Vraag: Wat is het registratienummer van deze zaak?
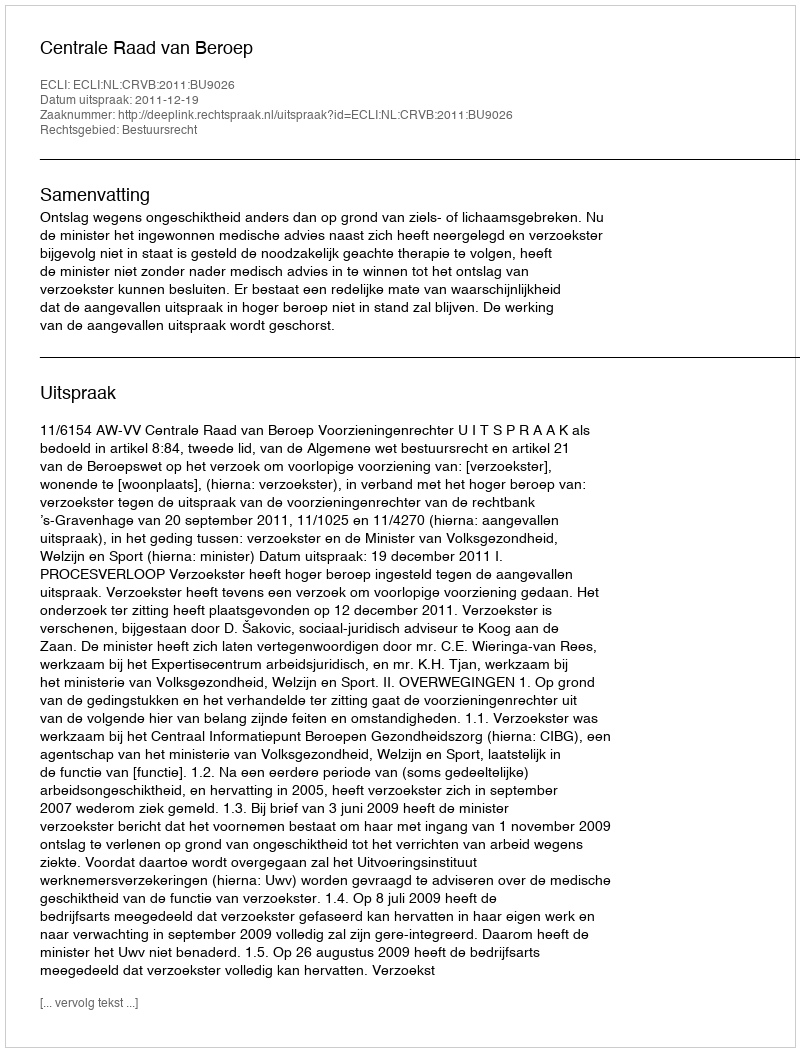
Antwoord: http://deeplink.rechtspraak.nl/uitspraak?id=ECLI:NL:CRVB:2011:BU9026